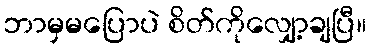
ဘာမှမပြောပဲ စိတ်ကိုလျှော့ချပြီ။